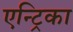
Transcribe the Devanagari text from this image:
एन्ट्रिका